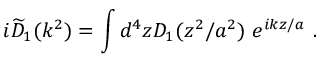
i \widetilde D _ { 1 } ( k ^ { 2 } ) = \int d ^ { 4 } z D _ { 1 } ( z ^ { 2 } / a ^ { 2 } ) \ e ^ { i k z / a } ~ .